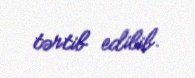
tərtib edilib.